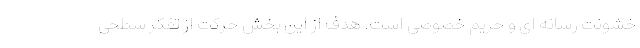
خشونت رسانه ای و حریم خصوصی است. هدف از این بخش حرکت از تفکر سطحی